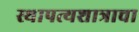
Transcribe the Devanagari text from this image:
स्थापत्यशात्राचा